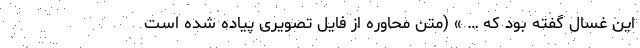
این غسال گفته بود که … » (متن محاوره از فایل تصویری پیاده شده است